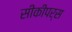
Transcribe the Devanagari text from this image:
सीकीपर्स